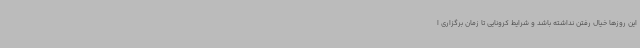
این روزها خیال رفتن نداشته باشد و شرایط کرونایی تا زمان برگزاری ا